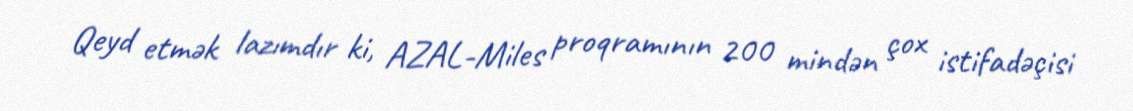
Qeyd etmək lazımdır ki, AZAL-Miles proqramının 200 mindən çox istifadəçisi